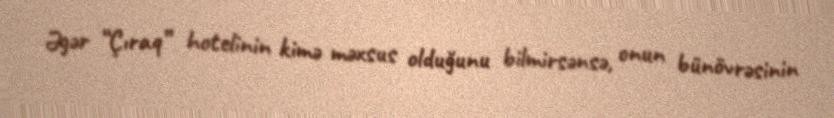
Əgər “Çıraq” hotelinin kimə məxsus olduğunu bilmirsənsə, onun bünövrəsinin